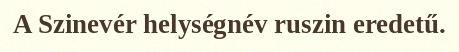
A Szinevér helységnév ruszin eredetű.